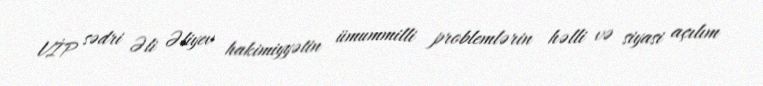
VİP sədri Əli Əliyev hakimiyyətin ümummilli problemlərin həlli və siyasi açılım